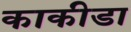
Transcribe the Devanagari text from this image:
काकीडा